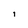
Character: 1